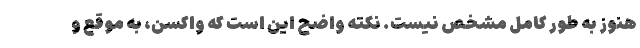
هنوز به طور کامل مشخص نیست. نکته واضح این است که واکسن، به موقع و